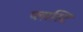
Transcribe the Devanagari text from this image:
प्लास्टि